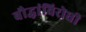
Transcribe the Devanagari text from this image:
बौद्धांविरोधी